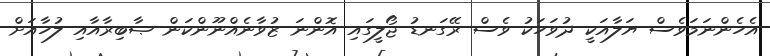
އެހެންނަމަވެސް ޔަލާއަކީ ދުވަހަކު ވެސް ރޭގަނޑު ޖޯލީގައި އޮންނަ ޒުވާނެއްނޫންކަން ޞާބިރާއާއި ލުހާއަށް